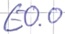
Text: E0.0